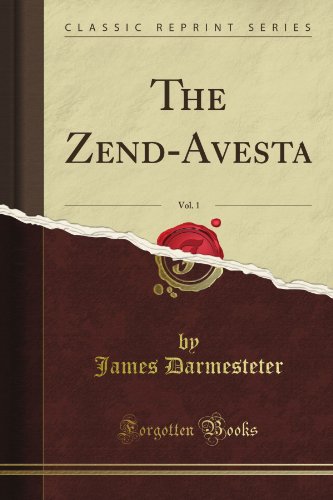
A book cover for The Zend-Avesta, Vol. 1 (Classic Reprint); James Darmesteter; Religion & Spirituality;